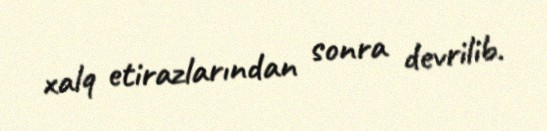
xalq etirazlarından sonra devrilib.